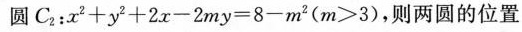
圆C_{2}:x^2+y^2+2x-2my=8-m^2(m>3),则两圆的位置